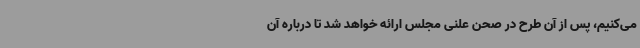
می‌کنیم، پس از آن طرح در صحن علنی مجلس ارائه خواهد شد تا درباره آن